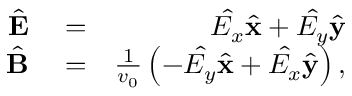
\begin{array} { r l r } { \hat { { \bf E } } } & { { } = } & { \hat { E _ { x } } \hat { \bf x } + \hat { E _ { y } } \hat { \bf y } } \\ { \hat { { \bf B } } } & { { } = } & { \frac { 1 } { v _ { 0 } } \left( - \hat { E _ { y } } \hat { \bf x } + \hat { E _ { x } } \hat { \bf y } \right) , } \end{array}